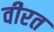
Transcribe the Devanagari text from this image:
वीरत